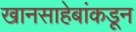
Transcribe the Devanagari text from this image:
खानसाहेबांकडून